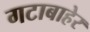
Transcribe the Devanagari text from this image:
गटाबाहेर